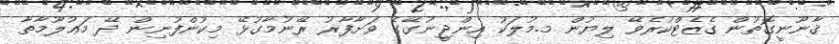
ޤާނޫނީގޮތުން ގެޒެޓްކުރެވޭ ލިޔުން މ.މުލަކު އިންޖީނުގޭގެ ވަށާފާރު ރޭނުމާގުޅޭ މިކުންފުނިން ދޭ މަޢުލޫމާތާ